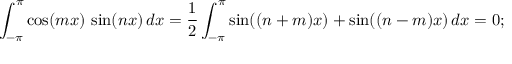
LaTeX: \int _ { - \pi } ^ { \pi } \cos ( m x ) \, \sin ( n x ) \, d x = { \frac { 1 } { 2 } } \int _ { - \pi } ^ { \pi } \sin ( ( n + m ) x ) + \sin ( ( n - m ) x ) \, d x = 0 ;